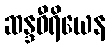
ဆန္ဒဝီရိယေန